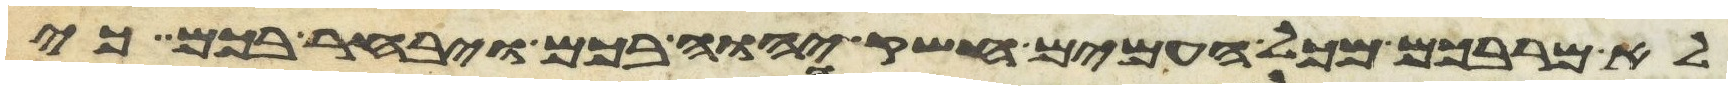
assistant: לא מרבכם מכל העמים חשק יהוה בכם ויבחר בכם כי